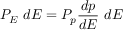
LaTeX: P _ { E } ~ d E = P _ { p } { \frac { d p } { d E } } ~ d E